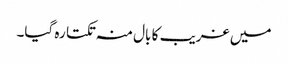
میں غریب کا بال منہ تکتا رہ گیا۔